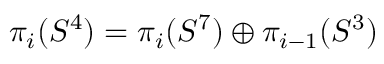
\pi _ { i } ( S ^ { 4 } ) = \pi _ { i } ( S ^ { 7 } ) \oplus \pi _ { i - 1 } ( S ^ { 3 } )